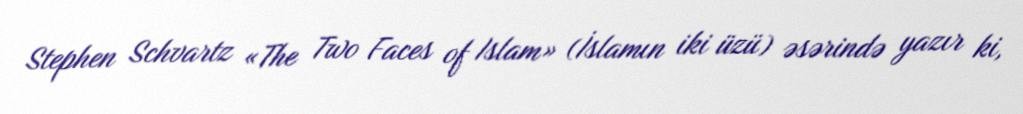
Stephen Schvartz «The Two Faces of Islam» (İslamın iki üzü) əsərində yazır ki,